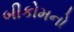
બીકોમનો